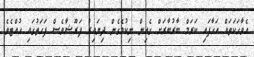
އެވާހަކަތައް އަހާފައި ކަރަމް ބާރުބާރަށް ގެއިން ނިކުމެގެން ދިޔައިރު ފަރޫޝާވެސް ފަހަތުގައި ހުއްޓެވެ.